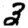
Digit: 3